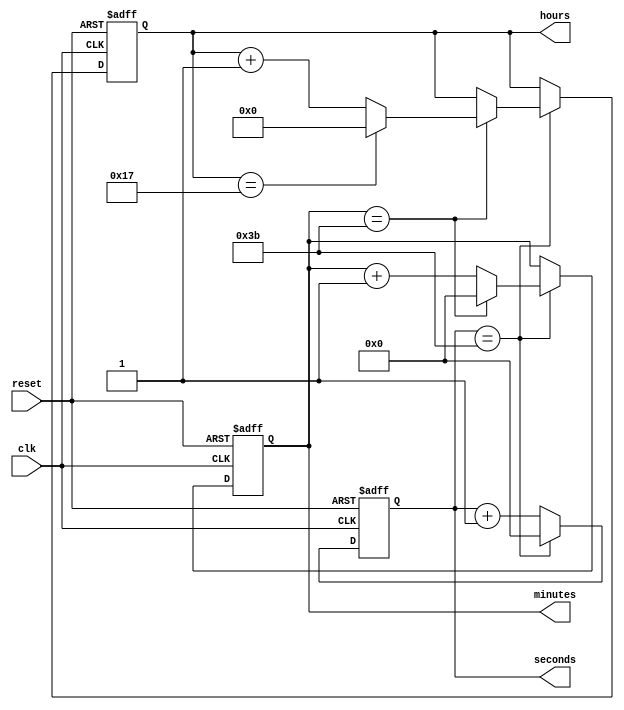
`timescale 1ns / 1ps
//////////////////////////////////////////////////////////////////////////////////
// Company: 
// Engineer: 
// 
// Design Name: 
// Module Name: digital_clock
// Project Name: 
// Target Devices: 
// Tool Versions: 
// Description: 
// 
// Dependencies: 
// 
// Revision:
// Revision 0.01 - File Created
// Additional Comments:
// 
//////////////////////////////////////////////////////////////////////////////////


module digital_clock(
    input clk,       // Clock signal
    input reset,     // Reset signal
    output [5:0] seconds,  // Seconds counter (0-59)
    output [5:0] minutes,  // Minutes counter (0-59)
    output [4:0] hours     // Hours counter (0-23)
);

    reg [5:0] sec_counter = 0;
    reg [5:0] min_counter = 0;
    reg [4:0] hour_counter = 0;

    always @(posedge clk or posedge reset) begin
        if (reset) begin
            sec_counter <= 0;
            min_counter <= 0;
            hour_counter <= 0;
        end else begin
            if (sec_counter == 59) begin
                sec_counter <= 0;
                if (min_counter == 59) begin
                    min_counter <= 0;
                    if (hour_counter == 23) begin
                        hour_counter <= 0;
                    end else begin
                        hour_counter <= hour_counter + 1;
                    end
                end else begin
                    min_counter <= min_counter + 1;
                end
            end else begin
                sec_counter <= sec_counter + 1;
            end
        end
    end

    assign seconds = sec_counter;
    assign minutes = min_counter;
    assign hours = hour_counter;

endmodule